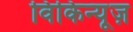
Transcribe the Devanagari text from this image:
विकिन्यूज़